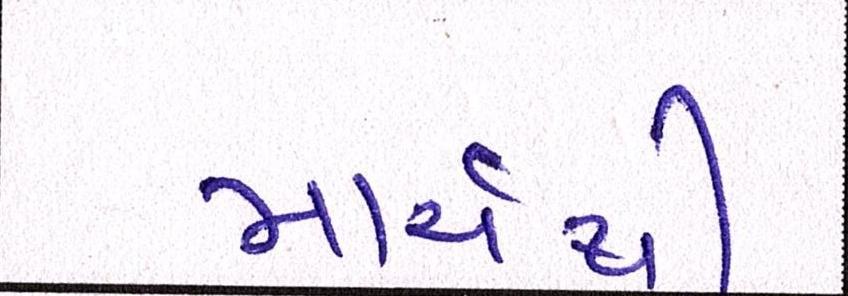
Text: માર્ચથી